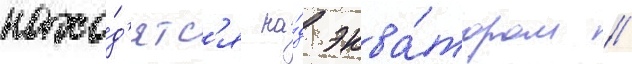
нахо́д'ятс'я на́д эква́тором /